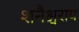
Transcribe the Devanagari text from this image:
शनैश्चराय